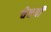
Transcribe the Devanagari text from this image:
चेष्टवी